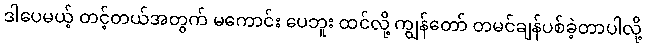
ဒါပေမယ့် တင့်တယ်အတွက် မကောင်း ပေဘူး ထင်လို့ ကျွန်တော် တမင်ချန်ပစ်ခဲ့တာပါလို့